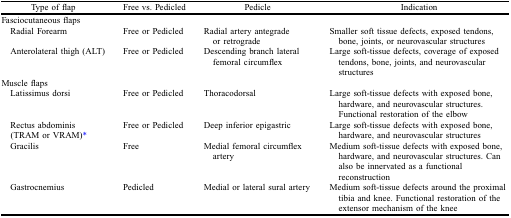
<table><thead><tr><td><b>Type of flap</b></td><td><b>Free vs. Pedicled</b></td><td><b>Pedicle</b></td><td><b>Indication</b></td></tr></thead><tbody><tr><td>Fasciocutaneous flaps</td><td></td><td></td><td></td></tr><tr><td> Radial Forearm</td><td>Free or Pedicled</td><td>Radial artery antegrade or retrograde</td><td>Smaller soft tissue defects, exposed tendons, bone, joints, or neurovascular structures</td></tr><tr><td> Anterolateral thigh (ALT)</td><td>Free or Pedicled</td><td>Descending branch lateral femoral circumflex</td><td>Large soft-tissue defects, coverage of exposed tendons, bone, joints, and neurovascular structures</td></tr><tr><td>Muscle flaps</td><td></td><td></td><td></td></tr><tr><td> Latissimus dorsi</td><td>Free or Pedicled</td><td>Thoracodorsal</td><td>Large soft-tissue defects with exposed bone, hardware, and neurovascular structures. Functional restoration of the elbow</td></tr><tr><td> Rectus abdominis (TRAM or VRAM)*</td><td>Free or Pedicled</td><td>Deep inferior epigastric</td><td>Large soft-tissue defects with exposed bone, hardware, and neurovascular structures</td></tr><tr><td> Gracilis</td><td>Free</td><td>Medial femoral circumflex artery</td><td>Medium soft-tissue defects with exposed bone, hardware, and neurovascular structures. Can also be innervated as a functional reconstruction</td></tr><tr><td> Gastrocnemius</td><td>Pedicled</td><td>Medial or lateral sural artery</td><td>Medium soft-tissue defects around the proximal tibia and knee. Functional restoration of the extensor mechanism of the knee</td></tr></tbody></table>